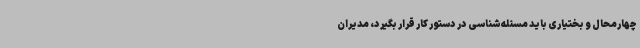
چهارمحال و بختیاری باید مسئله‌شناسی در دستور کار قرار بگیرد، مدیران